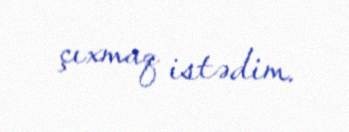
çıxmaq istədim.